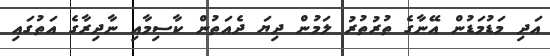
އަދި މަޑުމަޑުން އޭނާގެ ތުރުތުރު ލަމުން ދިޔަ ދެއަތުން ކާސިމާއި ނާދިރާގެ އަތުގައި